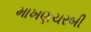
માખણચરબી